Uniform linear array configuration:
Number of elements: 24
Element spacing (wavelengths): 1
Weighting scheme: binomial
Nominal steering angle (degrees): -45
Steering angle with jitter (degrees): -43.978
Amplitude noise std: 0.05
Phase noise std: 0.05

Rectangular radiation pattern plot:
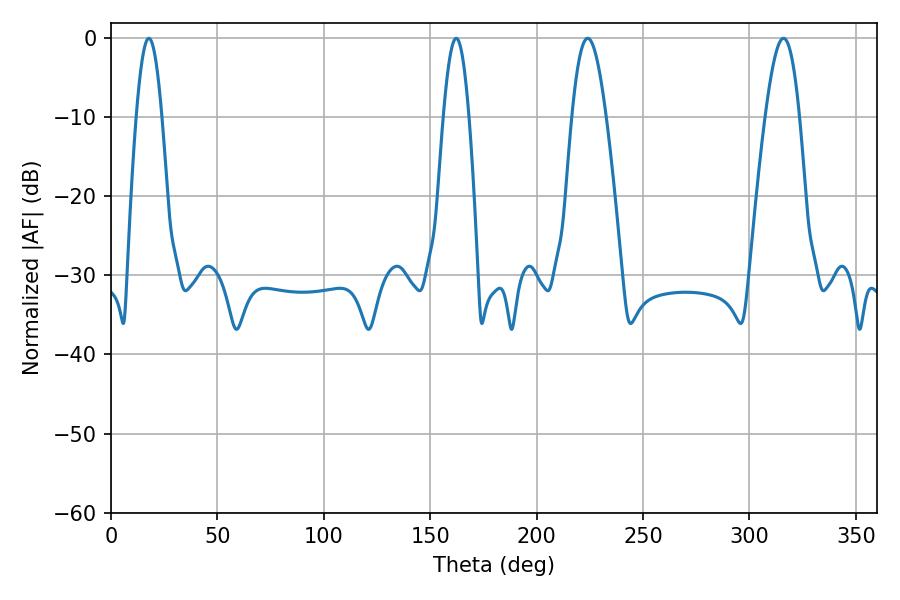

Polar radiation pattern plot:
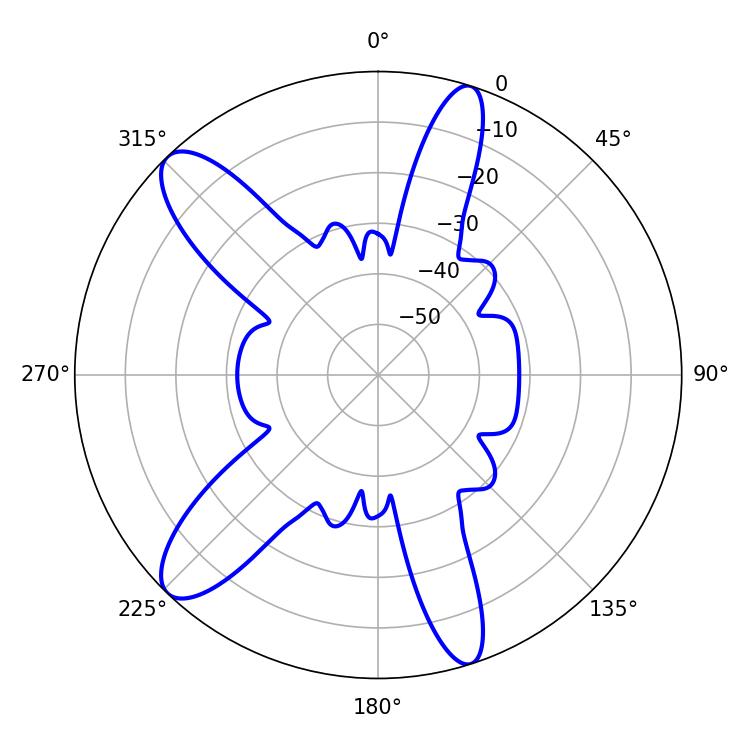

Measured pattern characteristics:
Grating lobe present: TRUE
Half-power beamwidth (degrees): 6.48
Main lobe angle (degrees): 17.82